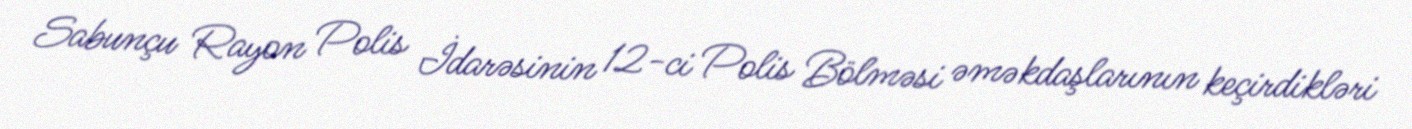
Sabunçu Rayon Polis İdarəsinin 12-ci Polis Bölməsi əməkdaşlarının keçirdikləri